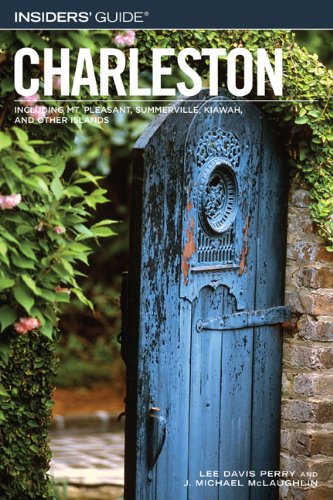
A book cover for Insiders' GuideÂ® to Charleston, 11th: Including Mt. Pleasant, Summerville, Kiawah, and Other Islands (Insiders' Guide Series); Lee Davis Perry; Travel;